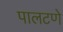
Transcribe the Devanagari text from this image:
पालटणे